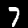
Digit: 7